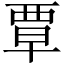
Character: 覃